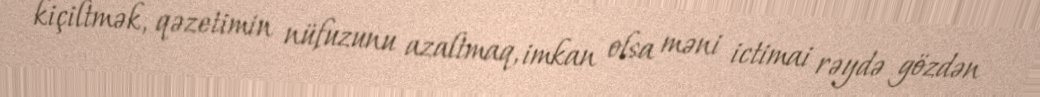
kiçiltmək, qəzetimin nüfuzunu azaltmaq, imkan olsa məni ictimai rəydə gözdən